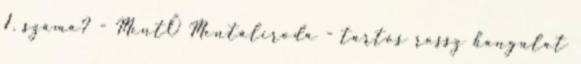
1. száma? - MentŐ Mentáliroda - tartós rossz hangulat